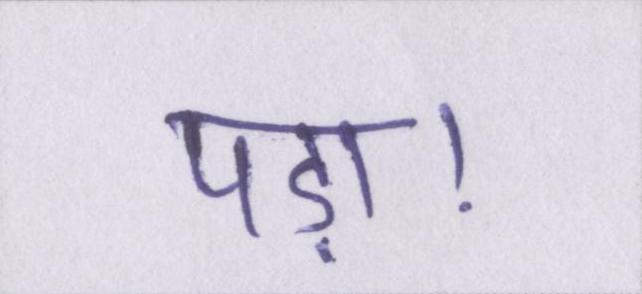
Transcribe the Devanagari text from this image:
पड़ा।